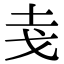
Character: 𭟯